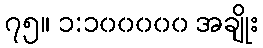
၇၅။ ၁:၁၀၀၀၀၀ အချိုး